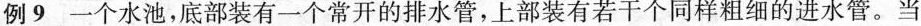
例9 一个水池，底部装有一个常开的排水管，上部装有若干个同样粗细的进水管。当